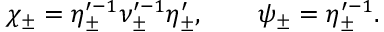
\chi _ { \pm } = \eta _ { \pm } ^ { \prime - 1 } \nu _ { \pm } ^ { \prime - 1 } \eta _ { \pm } ^ { \prime } , \qquad \psi _ { \pm } = \eta _ { \pm } ^ { \prime - 1 } .